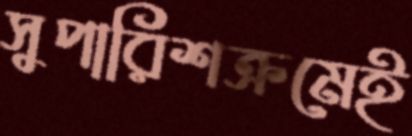
সুপারিশক্রমেই